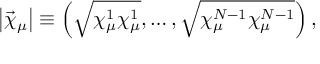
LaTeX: \left| \vec { \chi } _ { \mu } \right| \equiv \left( \sqrt { \chi _ { \mu } ^ { 1 } \chi _ { \mu } ^ { 1 } } , \ldots , \sqrt { \chi _ { \mu } ^ { N - 1 } \chi _ { \mu } ^ { N - 1 } } \right) ,